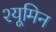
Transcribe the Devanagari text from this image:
श्यूमिन